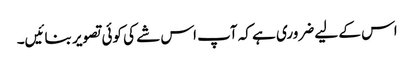
اس کے لیے ضروری ہے کہ آپ اس شے کی کوئی تصویر بنائیں۔